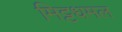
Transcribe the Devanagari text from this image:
मिट्टधमल